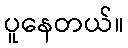
ပူနေတယ်။